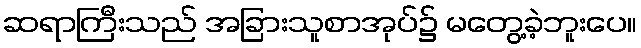
ဆရာကြီးသည် အခြားသူစာအုပ်၌ မတွေ့ခဲ့ဘူးပေ။